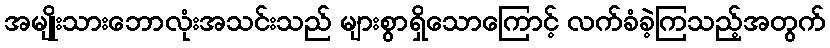
အမျိုးသားဘောလုံးအသင်းသည် များစွာရှိသောကြောင့် လက်ခံခဲ့ကြသည့်အတွက်